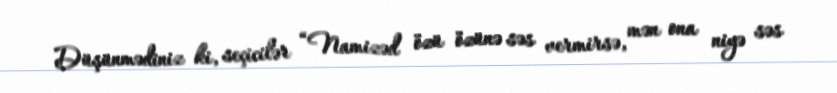
Düşünmədiniz ki, seçicilər “Namizəd özü özünə səs vermirsə, mən ona niyə səs